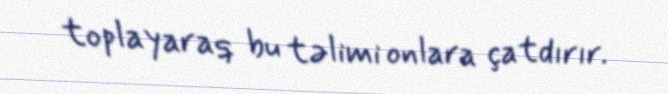
toplayaraq bu təlimi onlara çatdırır.